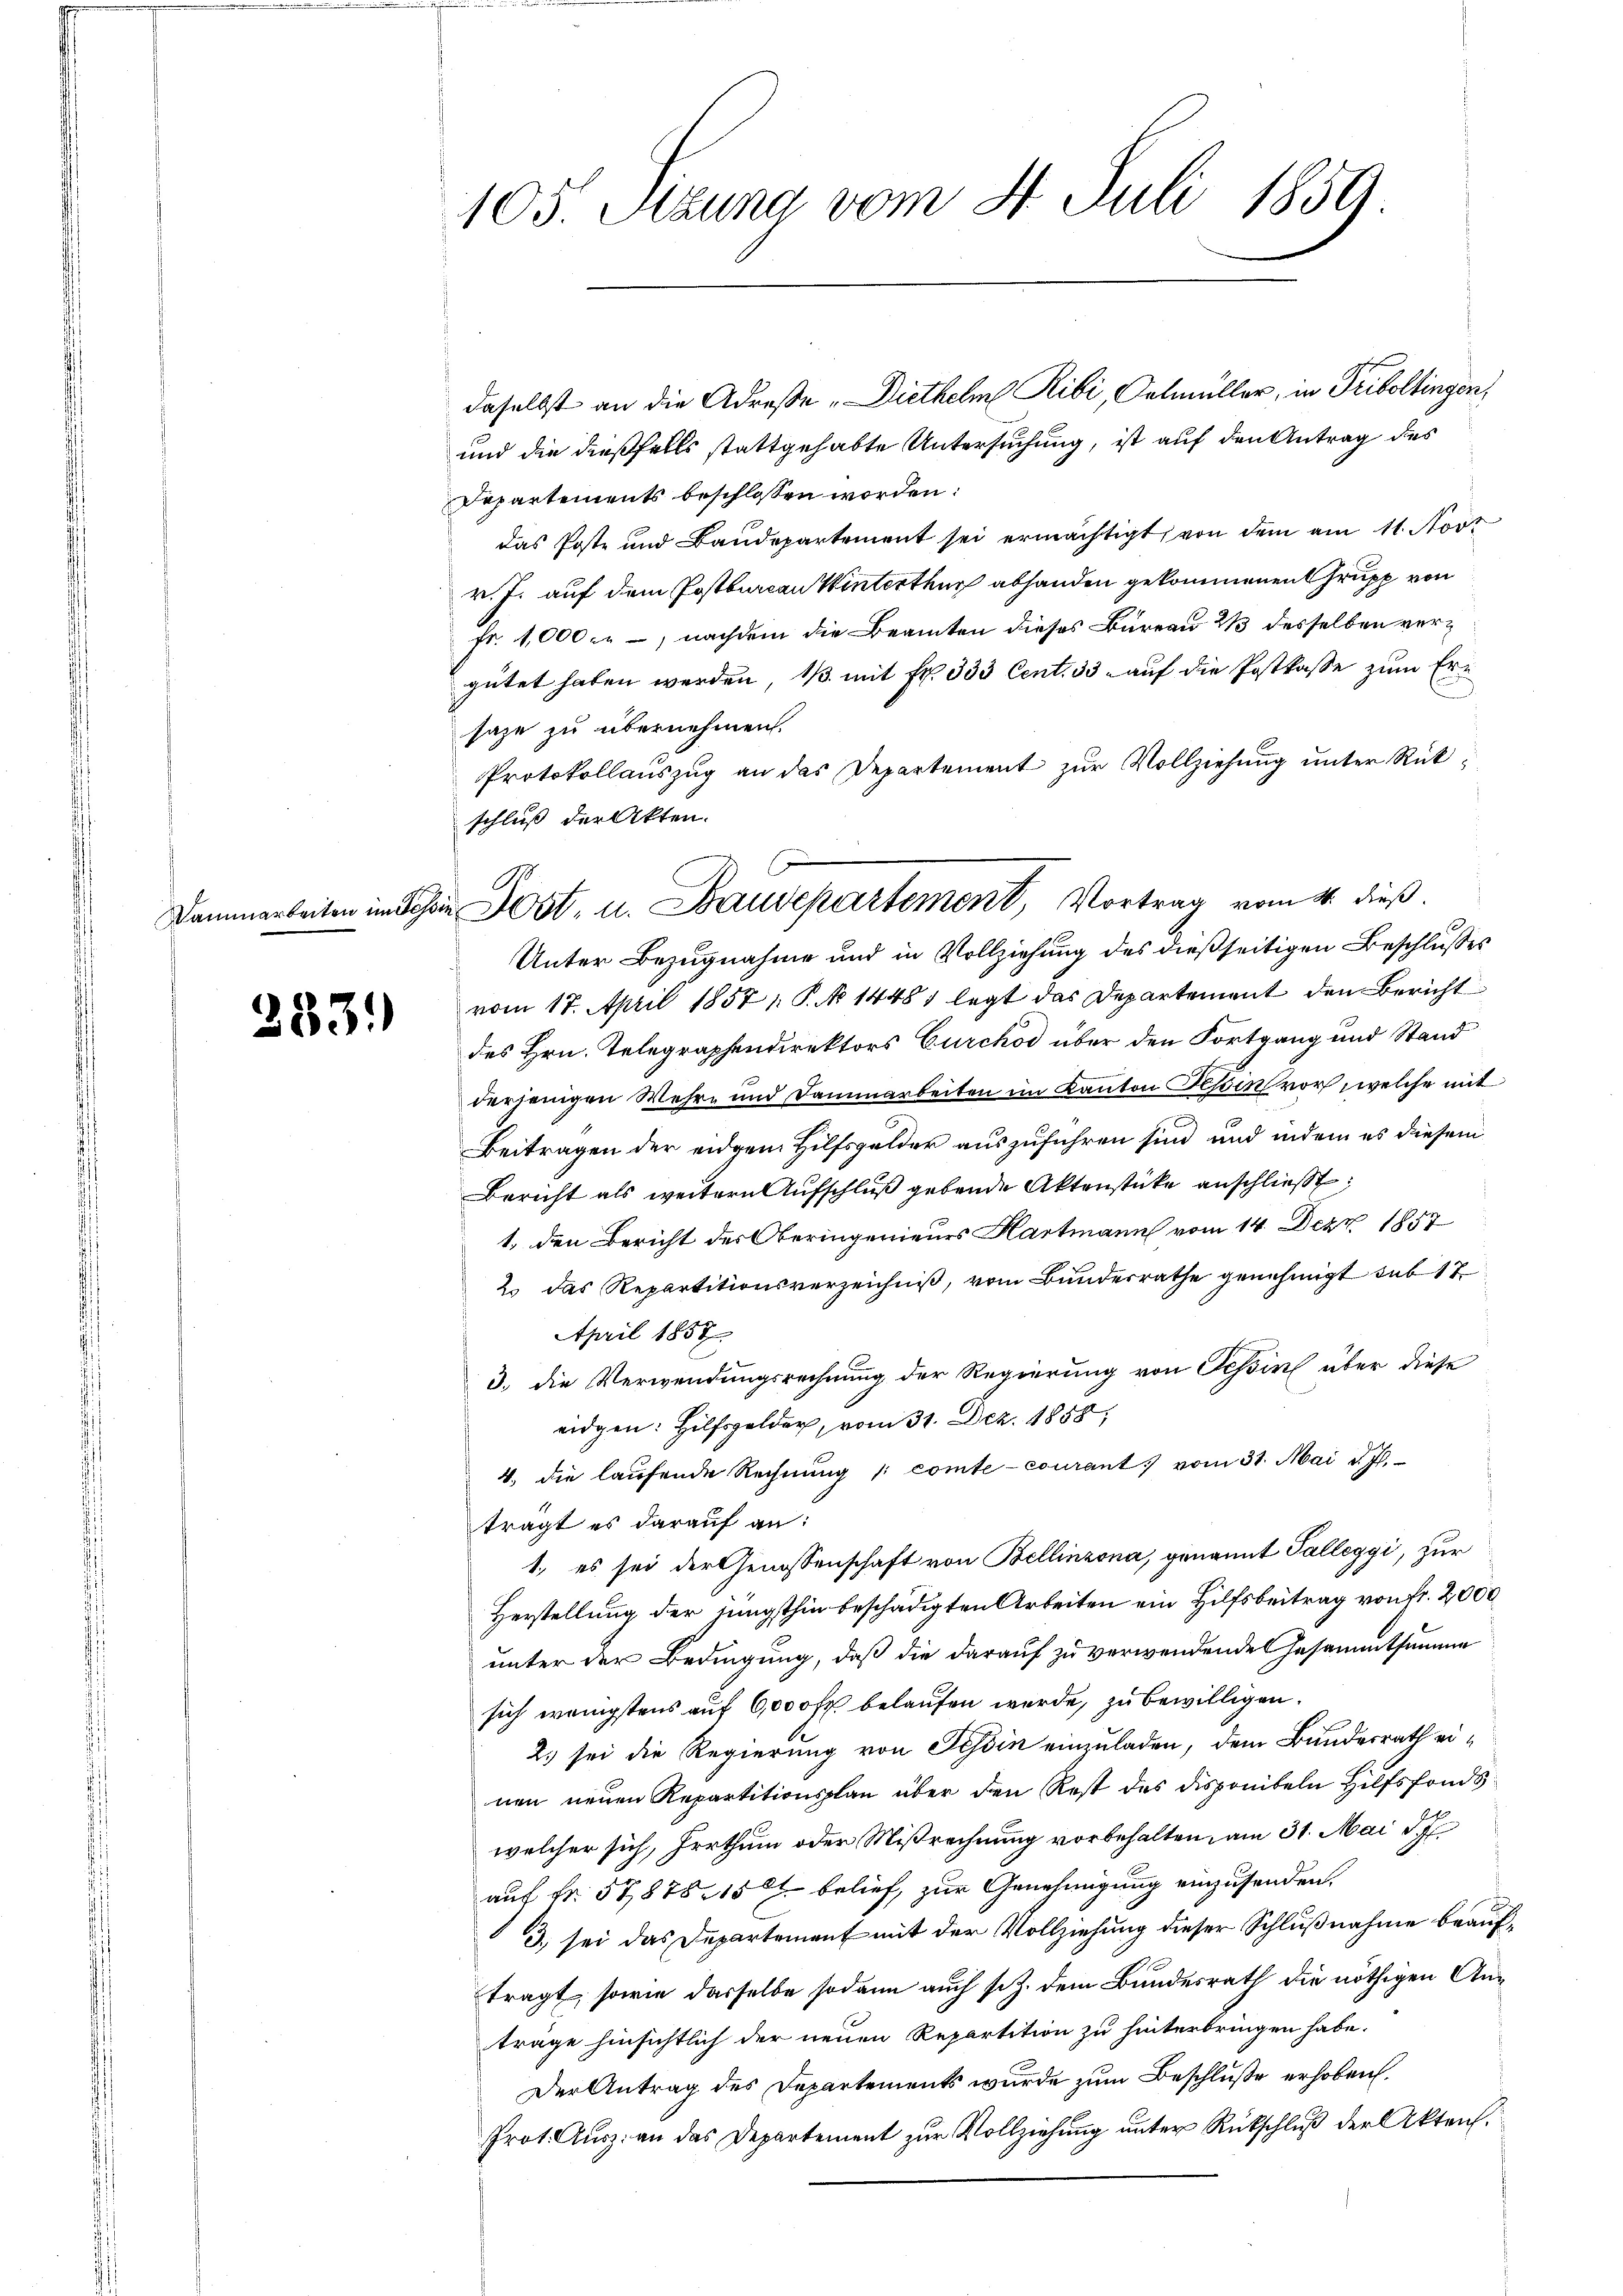
333.)

105. Setzung vom 8. Juli 1859.

daselbst an die Adrese „Diethelm Ribi, Oelmüller, in Triboltingen,
und die dießfalls stattgehabte Untersuchung, ist auf den Antrag des
Departements beschlossen worden:
das Poste und Baudepartement sei ermächtigt, von dem am 11. Nov
v. J. auf dem Postbureau Winterthur abhanden gekommenen Grupp von
fr. 1,000., nachdem die Beamten dieses Bureau 2/3 desselben vergütet haben werden, 1/3. mit Fr. 333 Cent. 33. auf die Postkasse zum Ersaze zu übernehmen.
Protokollauszug an das Departement zur Vollziehung unter Rückschluß der Akten.
Unter Bezugnahme und in Vollziehung des dießseitigen Beschlusses
vom 17. April 1857 P. 14481 legt das Departement den Bericht
des Hrn. Telegraphendirektors Curchod über den Fortgang und Stand
derjenigen Wehr- und Dammarbeiten im Kanton Tessin vor, welche mit
Beitragen der eidgen. Hilfsgelder auszuführen sind, und indem es diesem
Bericht als weitern Aufschluß gebende Aktenstücke anschließt:
1, den Bericht des Oberingenieurs Hartmann vom 14. Dez. 1857
2. das Repartitionsverzeichniß, vom Bundesrathe genehmigt sub 17
April 1857
3. die Verwendungsrechnung der Regierung von Tessin über diese
eidgen: Hilfsgelder, vom 31. Dez. 1858,
4. die laufende Rechnŭng /: comte-courant vom 31. Mai d. Js.
trägt es darauf an:
1., es sei der Genossenschaft von Bellinzona, genannt Palleggi, zur
Herstellung der jüngsthin beschädigten Arbeiten ein Hilfsbeitrag von Fr. 2,000
unter der Bedingung, daß die darauf zu verwendende Gesammtsumme
sich wenigstens auf 6000 fr belaufen werde, zu bewilligen.
2.) sei die Regierung von Tessin einzuladen, dem Bundesrath einen neuen Repartitionsplan über den Rest des disponibeln Hilfsfondswelcher sich, Irrthum oder Mißrechnung vorbehalten, am 31. Mai d. J
auf Fr. 5787815 belief, zur Genehmigung einzusenden.
3) sei das Departement mit der Vollziehung dieser Schlußnahme beauftragt, sowie dasselbe sodann auch s. z. dem Bundesrath die nöthigen Anträge hinsichtlich der neuen Repartition zu hinterbringen habe.
Der Antrag des Departements wurde zum Beschluße erhoben.
Prot. Ausz. an das Departement zur Vollziehung unter Rückschluß der Akten.

Dammarkeiten im Schen Jost, u. Baudepartement, Vortrag vom 4. dieß.